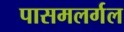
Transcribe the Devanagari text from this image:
पासमलर्गल